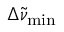
\Delta \widetilde { \nu } _ { \mathrm { m i n } }